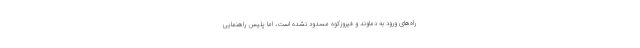
راه‌های ورود به دماوند و فیروزکوه مسدود نشده است، اما پلیس راهنمایی